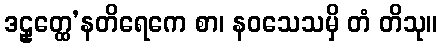
ဒဠှတ္ထေ’နတိရေကေ စာ၊ နဝသေသမှိ တံ တိသု။